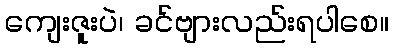
ကျေးဇူးပဲ၊ ခင်ဗျားလည်းရပါစေ။